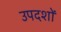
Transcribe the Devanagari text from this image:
उपदशों